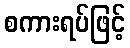
စကားရပ်ဖြင့်